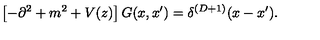
\left[ - \partial ^ { 2 } + m ^ { 2 } + V ( z ) \right] G ( x , x ^ { \prime } ) = \delta ^ { ( D + 1 ) } ( x - x ^ { \prime } ) .